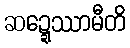
ဆဍ္ဍေဿာမီတိ